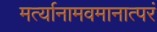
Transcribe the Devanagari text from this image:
मर्त्यानामवमानात्परं